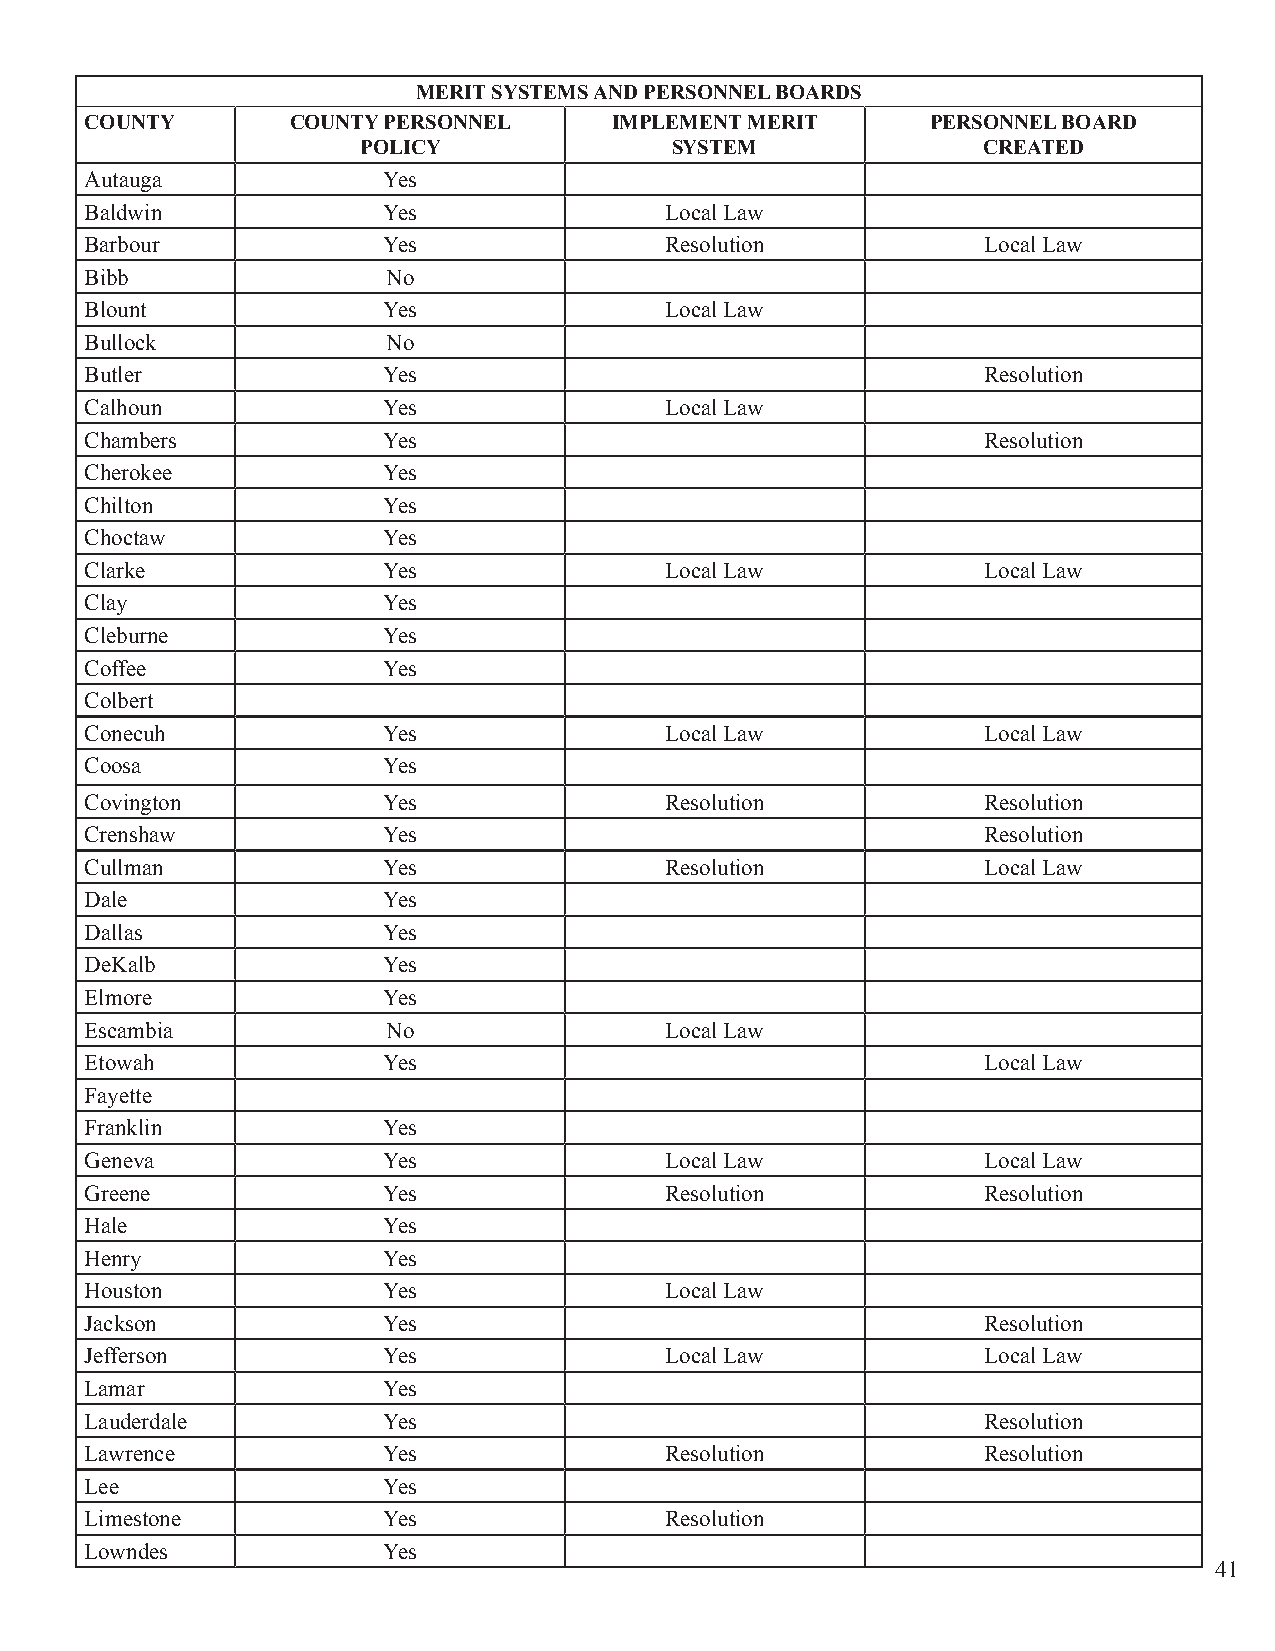
MERIT SYSTEMS AND PERSONNEL BOARDS
 COUNTY       COUNTY PERSONNEL      IMPLEMENT MERIT      PERSONNEL BOARD
 POLICY              SYSTEM               CREATED
 Autauga            Yes
 Baldwin            Yes                Local Law
 Barbour            Yes                Resolution           Local Law
 Bibb                No
 Blount             Yes                Local Law
 Bullock             No
 Butler             Yes                                     Resolution
 Calhoun            Yes                Local Law
 Chambers           Yes                                     Resolution
 Cherokee           Yes
 Chilton            Yes
 Choctaw            Yes
 Clarke             Yes                Local Law            Local Law
 Clay               Yes
 Cleburne           Yes
 Coffee             Yes
 Colbert
 Conecuh            Yes                Local Law            Local Law
 Coosa              Yes
 Covington          Yes                Resolution           Resolution
 Crenshaw           Yes                                     Resolution
 Cullman            Yes                Resolution           Local Law
 Dale               Yes
 Dallas             Yes
 DeKalb             Yes
 Elmore             Yes
 Escambia            No                Local Law
 Etowah             Yes                                     Local Law
 Fayette
 Franklin           Yes
 Geneva             Yes                Local Law            Local Law
 Greene             Yes                Resolution           Resolution
 Hale               Yes
 Henry              Yes
 Houston            Yes                Local Law
 Jackson            Yes                                     Resolution
 Jefferson          Yes                Local Law            Local Law
 Lamar              Yes
 Lauderdale         Yes                                     Resolution
 Lawrence           Yes                Resolution           Resolution
 Lee                Yes
 Limestone          Yes                Resolution
 Lowndes            Yes
 41